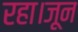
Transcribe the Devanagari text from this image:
रहा।जून